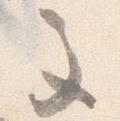
主